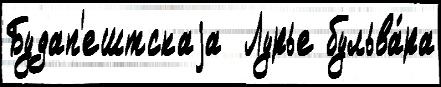
Будап'ештскаjа  Лурье бульва́ра